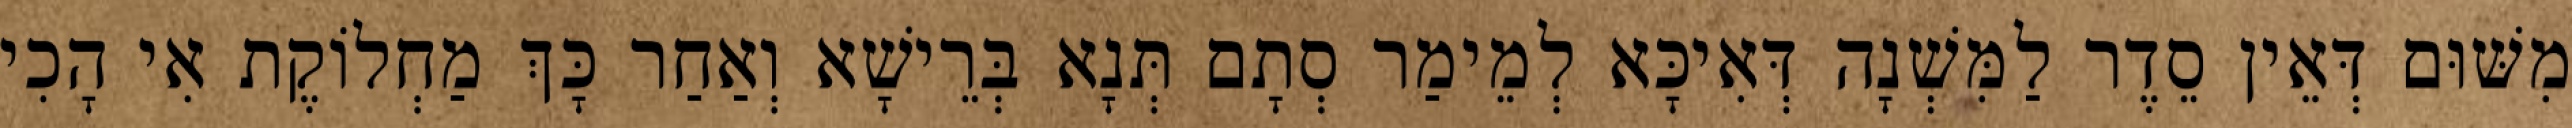
מִשּׁוּם דְּאֵין סֵדֶר לַמִּשְׁנָה דְּאִיכָּא לְמֵימַר סְתָם תְּנָא בְּרֵישָׁא וְאַחַר כָּךְ מַחְלוֹקֶת אִי הָכִי